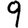
Digit: 9